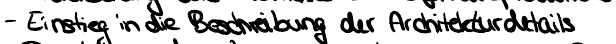
- Einstieg in die Beschreibung der Architekturdetails